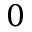
0